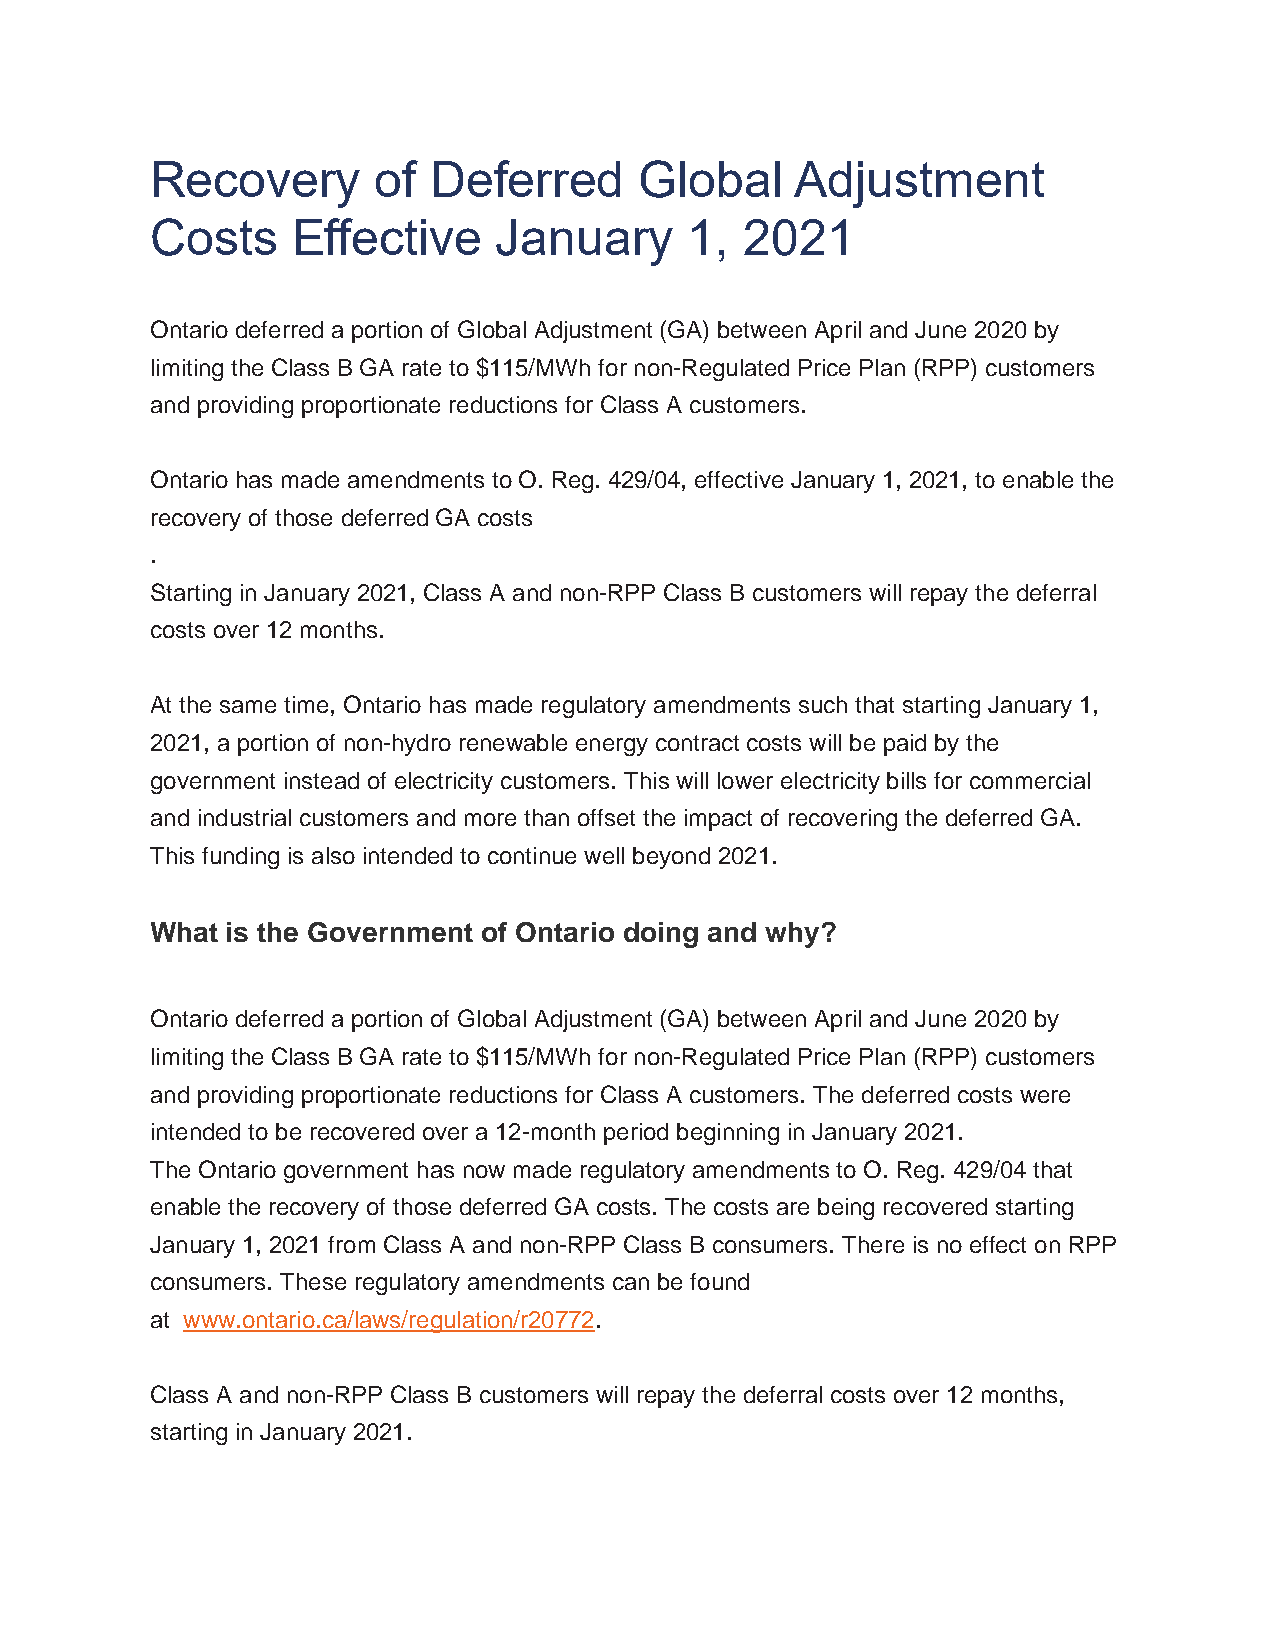
Recovery       of  Deferred     Global     Adjustment
 Costs    Effective     January      1, 2021
 Ontario deferred a portion of Global Adjustment (GA) between April and June 2020 by
 limiting the Class B GA rate to $115/MWh for non-Regulated Price Plan (RPP) customers
 and providing proportionate reductions for Class A customers.
 Ontario has made amendments to O. Reg. 429/04, effective January 1, 2021, to enable the
 recovery of those deferred GA costs
 .
 Starting in January 2021, Class A and non-RPP Class B customers will repay the deferral
 costs over 12 months.
 At the same time, Ontario has made regulatory amendments such that starting January 1,
 2021, a portion of non-hydro renewable energy contract costs will be paid by the
 government instead of electricity customers. This will lower electricity bills for commercial
 and industrial customers and more than offset the impact of recovering the deferred GA.
 This funding is also intended to continue well beyond 2021.
 What is the Government of Ontario doing and why?
 Ontario deferred a portion of Global Adjustment (GA) between April and June 2020 by
 limiting the Class B GA rate to $115/MWh for non-Regulated Price Plan (RPP) customers
 and providing proportionate reductions for Class A customers. The deferred costs were
 intended to be recovered over a 12-month period beginning in January 2021.
 The Ontario government has now made regulatory amendments to O. Reg. 429/04 that
 enable the recovery of those deferred GA costs. The costs are being recovered starting
 January 1, 2021 from Class A and non-RPP Class B consumers. There is no effect on RPP
 consumers. These regulatory amendments can be found
 at www.ontario.ca/laws/regulation/r20772.
 Class A and non-RPP Class B customers will repay the deferral costs over 12 months,
 starting in January 2021.